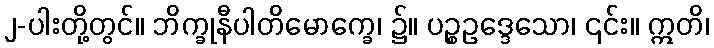
၂-ပါးတို့တွင်။ ဘိက္ခုနီပါတိမောက္ခေ၊ ၌။ ပဉ္စဥဒ္ဒေသော၊ ၎င်း။ ဣတိ၊